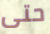
حتى